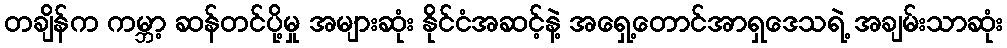
တချိန်က ကမ္ဘာ့ ဆန်တင်ပို့မှု အများဆုံး နိုင်ငံအဆင့်နဲ့ အရှေ့တောင်အာရှဒေသရဲ့ အချမ်းသာဆုံး